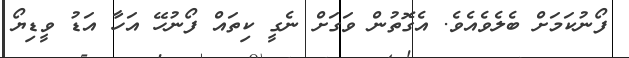
ފޯނުކަމަށް ބެލެވެއެވެ. އެގޮތުން ވަގަށް ނެގީ ކިތައް ފޯނުހޭ އަހާ އަޑު ވީޑިޔޯ